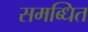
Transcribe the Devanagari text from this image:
समब्धित